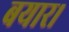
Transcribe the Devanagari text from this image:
बयार।